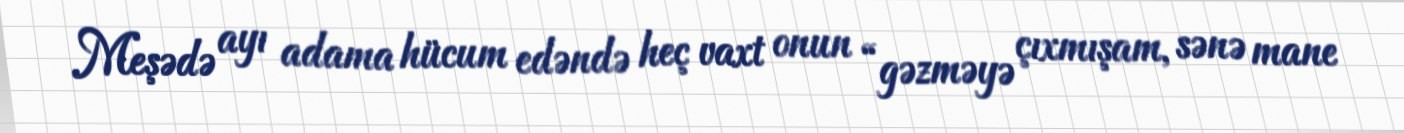
Meşədə ayı adama hücum edəndə heç vaxt onun “gəzməyə çıxmışam, sənə mane